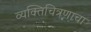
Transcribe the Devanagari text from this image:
व्यक्तिचित्रणाचा